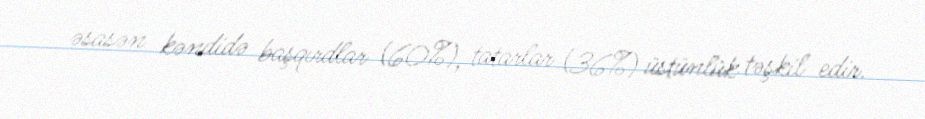
əsasən kəndidə başqırdlar (60%), tatarlar (36%) üstünlük təşkil edir.